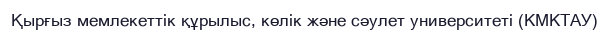
Қырғыз мемлекеттік құрылыс, көлік және сәулет университеті (КМКТАУ)